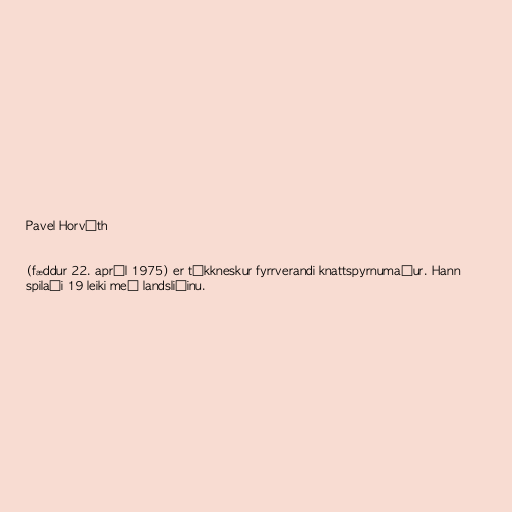
Pavel Horváth

(fæddur 22. apríl 1975) er tékkneskur fyrrverandi knattspyrnumaður. Hann
spilaði 19 leiki með landsliðinu.